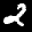
Label: 2